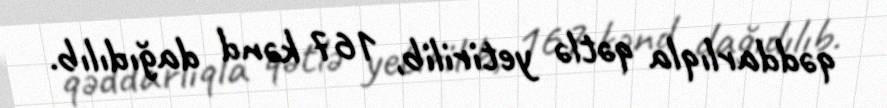
qəddarlıqla qətlə yetirilib, 167 kənd dağıdılıb.